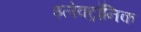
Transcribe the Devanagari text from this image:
इलेक्‍ट्रॉनिक